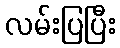
လမ်းပြပြီး